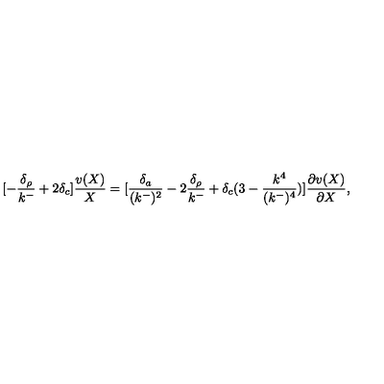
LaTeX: [ - { \frac { \delta _ { \rho } } { k ^ { - } } } + 2 \delta _ { c } ] { \frac { v ( X ) } { X } } = [ { \frac { \delta _ { a } } { ( k ^ { - } ) ^ { 2 } } } - 2 { \frac { \delta _ { \rho } } { k ^ { - } } } + \delta _ { c } ( 3 - { \frac { k ^ { 4 } } { ( k ^ { - } ) ^ { 4 } } } ) ] { \frac { \partial v ( X ) } { \partial X } } ,